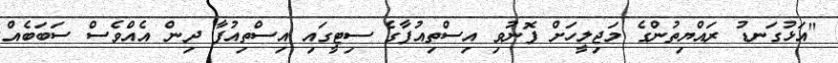
"އަޅުގަނޑު ރައްޔިތުންގެ މަޖިލީހަށް ފޮނުވި އިސްތިއުފާގެ ސިޓީގައި އިސްތިއުފާ ދިން އެއްވެސް ސަބަބެއް